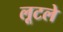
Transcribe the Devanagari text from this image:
लूटले